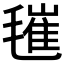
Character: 𣯧